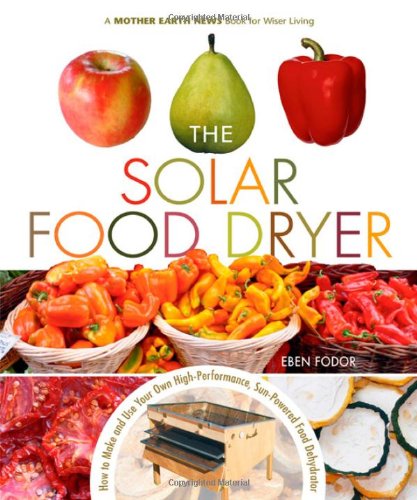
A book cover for The Solar Food Dryer: How to Make and Use Your Own Low-Cost, High Performance, Sun-Powered Food Dehydrator; Eben V. Fodor; Cookbooks, Food & Wine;